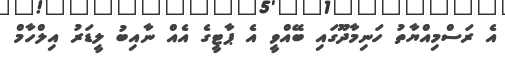
އެ ރަސްމިއްޔާތު ހަނިމާދޫގައި ބޭއްވީ އެ ޕާޓީގެ އެއް ނާއިބު ލީޑަރު އިލްހާމް